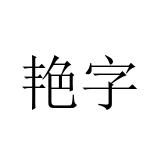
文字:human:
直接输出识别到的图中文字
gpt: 艳字